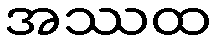
အဿထ